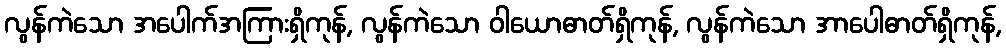
လွန်ကဲသော အပေါက်အကြားရှိကုန်, လွန်ကဲသော ဝါယောဓာတ်ရှိကုန်, လွန်ကဲသော အာပေါဓာတ်ရှိကုန်,